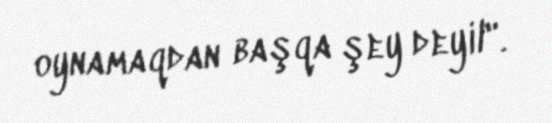
oynamaqdan başqa şey deyil".